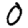
Digit: 0